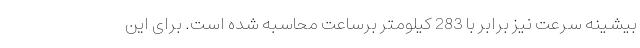
بیشینه سرعت نیز برابر با 283 کیلومتر برساعت محاسبه شده است. برای این